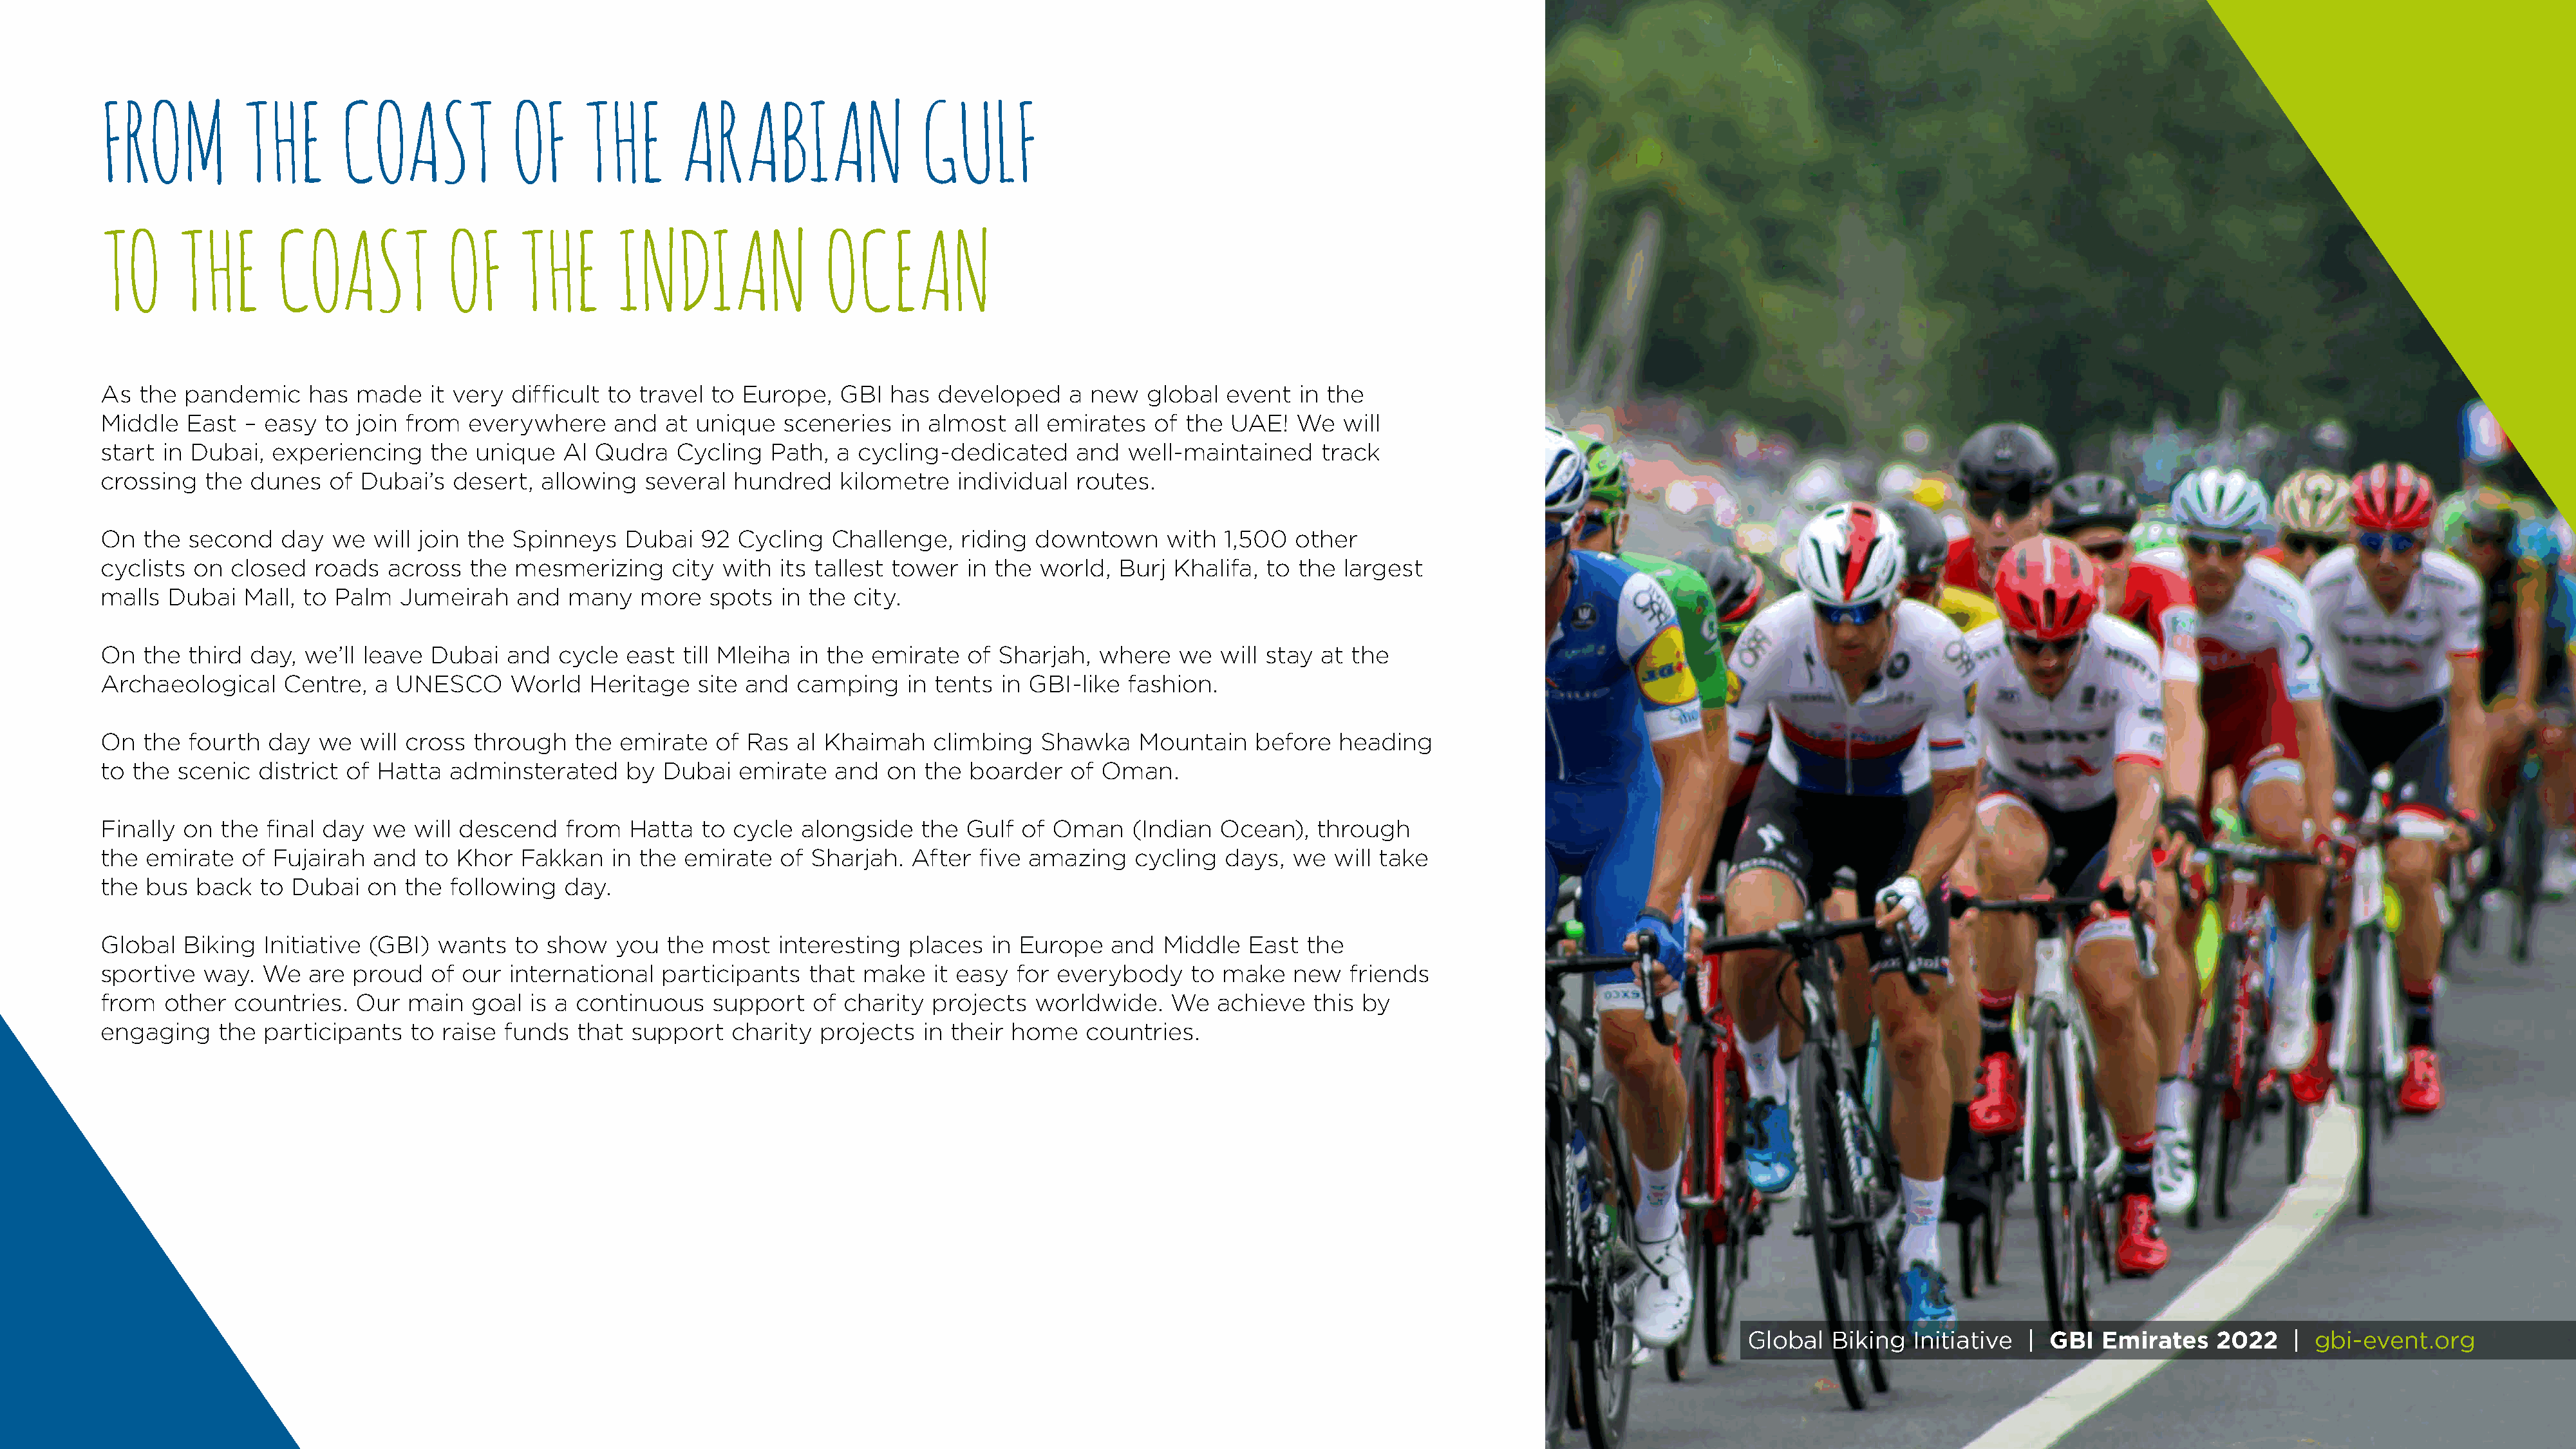
FROM           THE       COAST             OF     THE       ARABIAN                  GULF
 TO      THE       COAST             OF     THE       INDIAN                OCEAN
 As  the  pandemic     has  made   it very  difficult to travel to Europe,   GBI   has developed     a new   global  event  in the
 Middle   East  – easy  to  join from  everywhere     and  at  unique   sceneries   in almost  all emirates   of the  UAE!  We   will
 start  in Dubai,  experiencing    the  unique   Al Qudra    Cycling  Path,  a cycling-dedicated      and  well-maintained     track
 crossing   the  dunes   of Dubai’s   desert,  allowing  several  hundred    kilometre   individual   routes.
 On   the second    day  we  will join the  Spinneys   Dubai   92  Cycling  Challenge,    riding downtown      with  1,500  other
 cyclists  on  closed  roads   across  the  mesmerizing     city with  its tallest tower  in the  world,  Burj  Khalifa, to the  largest
 malls  Dubai   Mall, to Palm   Jumeirah    and  many    more   spots  in the  city.
 On   the third  day, we’ll leave  Dubai   and  cycle  east  till Mleiha in the  emirate  of  Sharjah,  where   we  will stay  at the
 Archaeological     Centre,   a UNESCO     World    Heritage   site and  camping    in tents  in GBI-like  fashion.
 On   the fourth   day  we  will cross  through   the  emirate   of Ras  al Khaimah    climbing   Shawka    Mountain    before   heading
 to  the scenic   district of Hatta  adminsterated     by  Dubai   emirate   and  on  the  boarder   of Oman.
 Finally  on  the final day  we   will descend   from   Hatta  to cycle  alongside    the Gulf  of Oman    (Indian  Ocean),   through
 the  emirate   of Fujairah  and   to Khor  Fakkan    in the emirate   of Sharjah.   After  five amazing    cycling  days,  we  will take
 the  bus  back   to Dubai   on  the following   day.
 Global   Biking  Initiative (GBI)  wants   to show   you   the most   interesting  places   in Europe   and   Middle  East  the
 sportive   way.  We   are proud   of our  international   participants   that  make   it easy  for everybody    to  make   new   friends
 from   other  countries.   Our  main   goal is a continuous    support    of charity  projects  worldwide.    We   achieve   this by
 engaging    the  participants   to raise  funds  that  support   charity  projects   in their home    countries.
 Global  Biking   Initiative |  GBI  Emirates    2022    | gbi-event.org